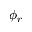
\phi _ { r }